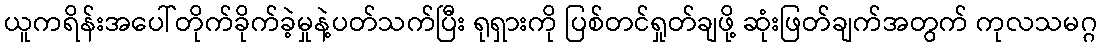
ယူကရိန်းအပေါ်တိုက်ခိုက်ခဲ့မှုနဲ့ပတ်သက်ပြီး ရုရှားကို ပြစ်တင်ရှုတ်ချဖို့ ဆုံးဖြတ်ချက်အတွက် ကုလသမဂ္ဂ